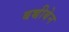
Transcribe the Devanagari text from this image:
बच्चीबेन